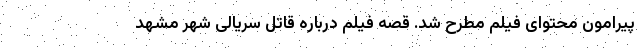
پیرامون محتوای فیلم مطرح شد. قصه فیلم درباره قاتل سریالی شهر مشهد